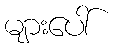
များပေါ်